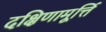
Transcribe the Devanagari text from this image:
दक्षिणामूर्त्ति